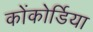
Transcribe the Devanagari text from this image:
कोंकोर्डिया